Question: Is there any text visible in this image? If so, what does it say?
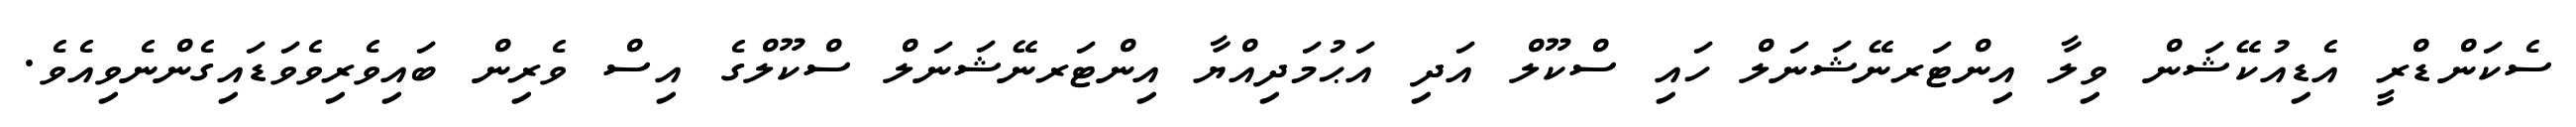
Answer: ސެކަންޑްރީ އެޑިއުކޭޝަން ވިލާ އިންޓަރނޭޝަނަލް ހައި ސްކޫލް އަދި އަޙުމަދިއްޔާ އިންޓަރނޭޝަނަލް ސްކޫލްގެ އިސް ވެރިން ބައިވެރިވެވަޑައިގެންނެވިއެވެ.